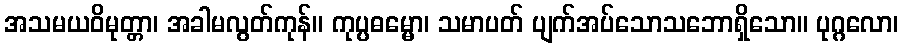
အသမယဝိမုတ္တာ၊ အခါမလွတ်ကုန်။ ကုပ္ပဓမ္မော၊ သမာပတ် ပျက်အပ်သောသဘောရှိသော။ ပုဂ္ဂလော၊